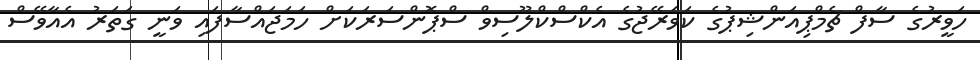
ހަވީރުގެ ސާފް ޗެމްޕިއަންޝިޕުގެ ކަވަރޭޖުގެ އެކްސްކްލޫސިވް ސްޕޮންސަރަކަށް ހަމަޖައްސާފައި ވަނީ ގަތަރު އެއާވޭސް